Annual administration report of the Civil Veterinary Department of India - 1892-1893
Year: 1892
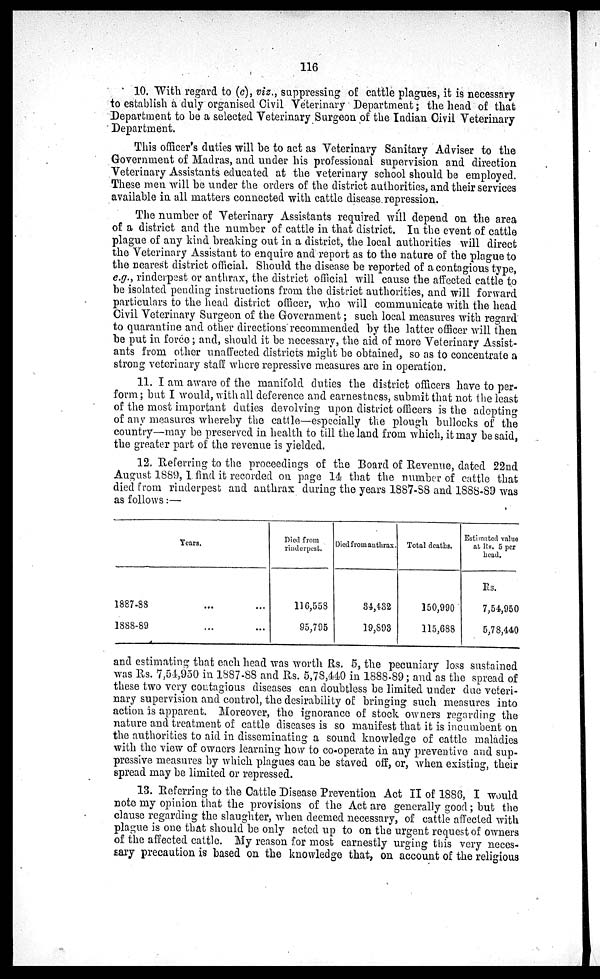
116
10. With regard to (c), viz., suppressing of cattle plagues, it is necessary
to establish a duly organised Civil Veterinary Department; the head of that
Department to be a selected Veterinary Surgeon of the Indian Civil Veterinary
Department.
This officer's duties will be to act as Veterinary Sanitary Adviser to the
Government of Madras, and under his professional supervision and direction
Veterinary Assistants educated at the veterinary school should be employed.
These men will be under the orders of the district authorities, and their services
available in all matters connected with cattle disease repression.
The number of Veterinary Assistants required will depend on the area
of a district and the number of cattle in that district. In the event of cattle
plague of any kind breaking out in a district, the local authorities will direct
the Veterinary Assistant to enquire and report as to the nature of the plague to
the nearest district official. Should the disease be reported of a contagious type,
e.g., rinderpest or anthrax, the district official will cause the affected cattle to
be isolated pending instructions from the district authorities, and will forward
particulars to the head district officer, who will communicate with the head
Civil Veterinary Surgeon of the Government; such local measures with regard
to quarantine and other directions recommended by the latter officer will then
be put in force; and, should it be necessary, the aid of more Veterinary Assist-
ants from other unaffected districts might be obtained, so as to concentrate a
strong veterinary staff where repressive measures are in operation.
11. I am aware of the manifold duties the district officers have to per-
form; but I would, with all deference and earnestness, submit that not the least
of the most important duties devolving upon district officers is the adopting
of any measures whereby the cattle—especially the plough bullocks of the
country—may be preserved in health to till the land from which, it may be said,
the greater part of the revenue is yielded.
12. Referring to the proceedings of the Board of Revenue, dated 22nd
August 1889, I find it recorded on page 14 that the number of cattle that
died from rinderpest and anthrax during the years 1887-88 and 1888-89 was
as follows:—
Years.
1887-88
...
1888-89
...
Died from
rinderpest.
116,558
95,795
Died from anthrax.
34,432
19,893
Total deaths.
150,990
115,688
Estimated value
at Rs. 5 per
head.
Rs.
7,54,950
5,78,440
and estimating that each head was worth Rs. 5, the pecuniary loss sustained
was Rs. 7,54,950 in 1887-88 and Rs. 5,78,440 in 1888-89; and as the spread of
these two very contagious diseases can doubtless be limited under due veteri-
nary supervision and control, the desirability of bringing such measures into
action is apparent. Moreover, the ignorance of stock owners regarding the
nature and treatment of cattle diseases is so manifest that it is incumbent on
the authorities to aid in disseminating a sound knowledge of cattle maladies
with the view of owners learning how to co-operate in any preventive and sup-
pressive measures by which plagues can be staved off, or, when existing, their
spread may be limited or repressed.
13. Referring to the Cattle Disease Prevention Act II of 1886, I would
note my opinion that the provisions of the Act are generally good; but the
clause regarding the slaughter, when deemed necessary, of cattle affected with
plague is one that should be only acted up to on the urgent request of owners
of the affected cattle. My reason for most earnestly urging this very neces-
sary precaution is based on the knowledge that, on account of the religious